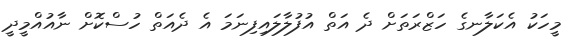
މީހަކު އެކަލާނގެ ހަޒްރަތަށް ދެ އަތް އުފުލާލައިފިނަމަ އެ ދެއަތް ހުސްކޮށް ނާއުއްމީދީ